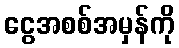
ငွေအစစ်အမှန်ကို